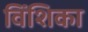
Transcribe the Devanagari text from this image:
विंशिका